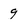
Character: 9